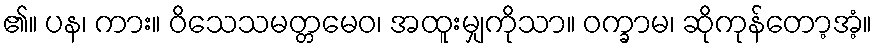
၏။ ပန၊ ကား။ ဝိသေသမတ္တမေဝ၊ အထူးမျှကိုသာ။ ဝက္ခာမ၊ ဆိုကုန်တော့အံ့။